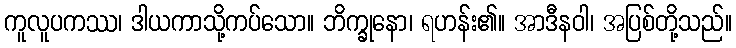
ကူလူပကဿ၊ ဒါယကာသို့ကပ်သော။ ဘိက္ခုနော၊ ရဟန်း၏။ အာဒီနဝါ၊ အပြစ်တို့သည်။